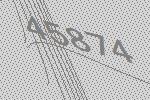
45874